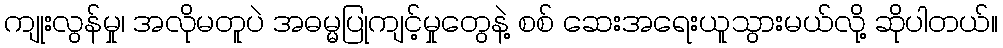
ကျုးလွန်မှု၊ အလိုမတူပဲ အဓမ္မပြုကျင့်မှုတွေနဲ့ စစ် ဆေးအရေးယူသွားမယ်လို့ ဆိုပါတယ်။